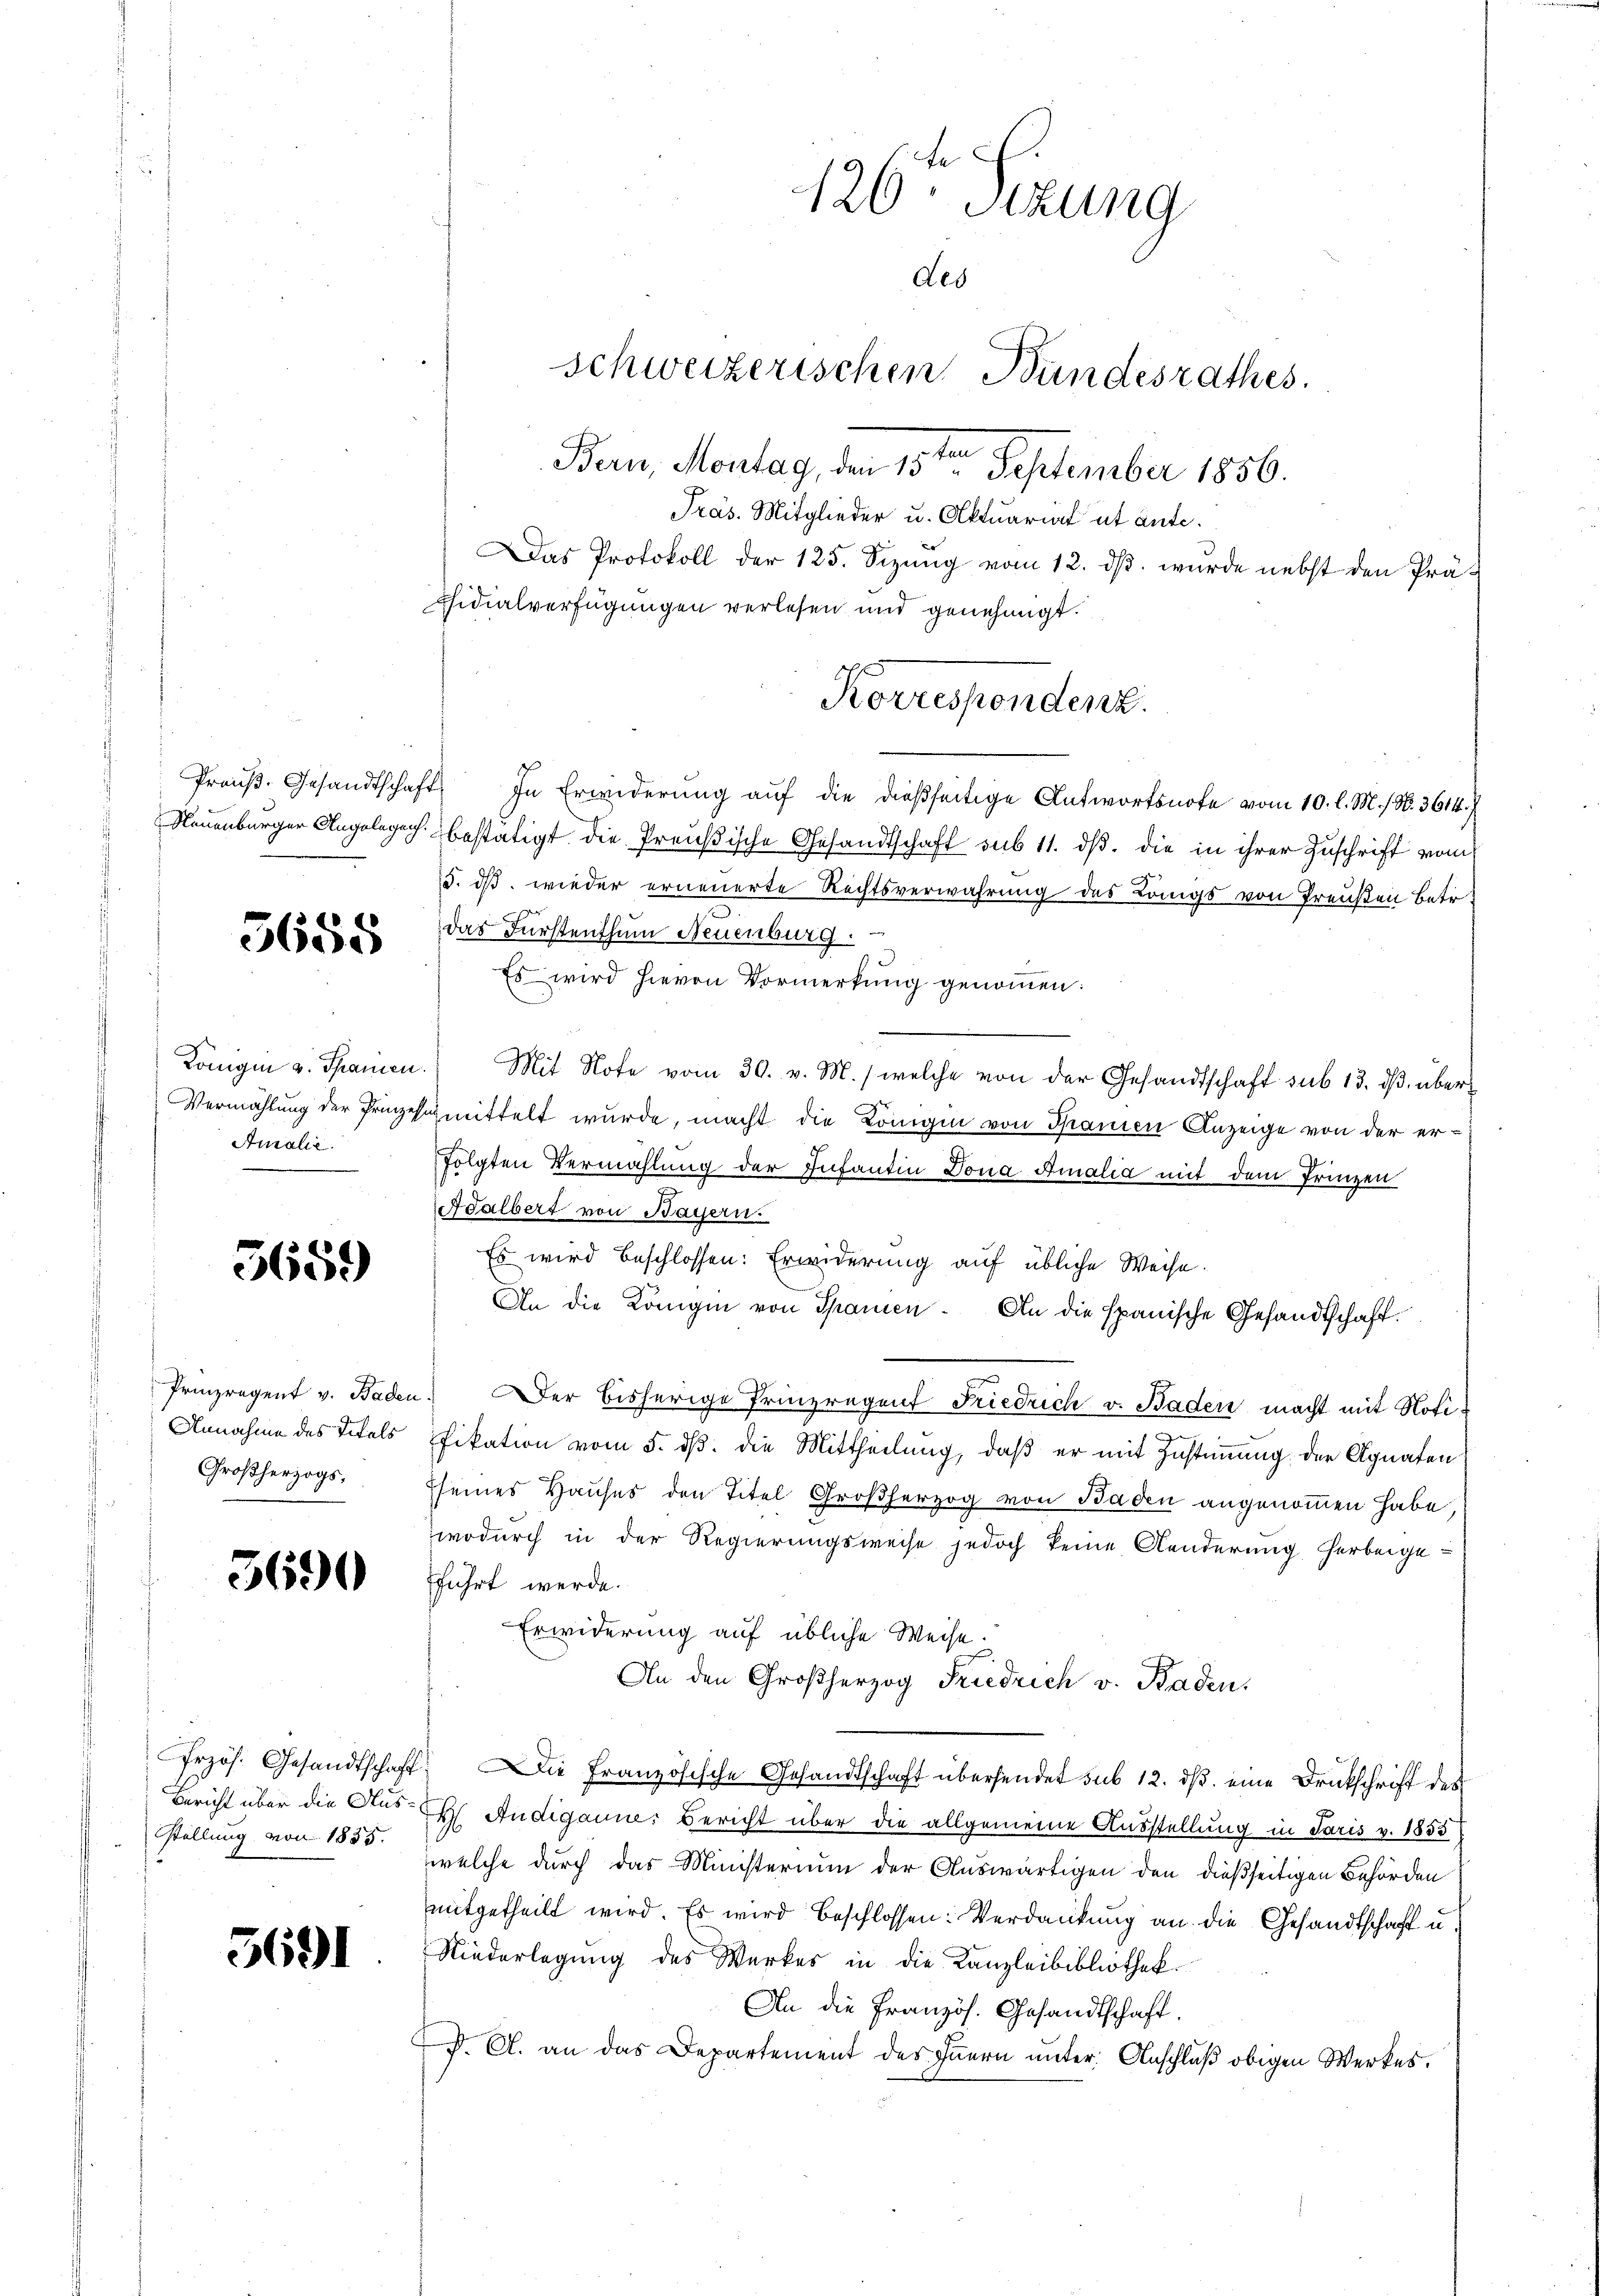
5658

Auralie

5659

Prinzregent v. Baden
Annahme des Titels
Großherzogs

3690

Frzös. Gesandtschaft
Bericht über die Ausstellung von 1835.

5691

126ten Sitzung
des
schweizerischen Bundesrathes.
Bern, Montag, den 15ten September 1856.
Präs. Mitglieder u. Aktuariat ut ante.
Das Protokoll der 123. Sizŭng vom 12. dβ. wurde nebst den Prä-
fsidialverfügungen verlesen und genehmigt.

Korrespondenz.

Preuß. Gesandtschaft. In Erwiderung auf die dießseitige Antwortsnote vom 10. l. M. h. N. 3614.)
Nauenburger Angelegach bestätigt die Preußische Gesandtschaft sub 11. dβ. die in ihrer Zuschrift vom
5. ds. wieder erneuerte Rechtsverwahrung des Königs von Preußen Betr
das Fürstenthum Neuenburg.
Es wird hievon Vormerkung genommen:
Königin v. Schanien. Mit Note vom 30. v. M., welche von der Gesandtschaft sub 13. dβ über
Vermählung der Prieschmittelt wurde, macht die Königin von Spanien Anzeige von der erf
folgten Vermählung der Infantin Dona Amalia mit dem Prinzen
Adalbert von Bayern.
Es wird beschlossen: Erwiderung auf übliche Weise.
An die Königin von Spanien. An die spanische Gesandtschaft.
 er bisherige Prinzregent Friedrich v. Baden macht mit Notifikation vom 5. dß. die Mittheilung, daß er mit Zustimmung der Agnaten
sseines Hauses den Titel Großherzog von Baden angenommen habe,
wodurch in der Regierungsweise jedoch keine Aenderung herbeigeführt werde.
Erwiderung auf übliche Weise.
An den Großherzog Friedrich v. Baden.
2). Die Französische Gesandtschaft übersendet sub 12. ds. eine Drukschrift der
H Audiganne: Bericht über die allgemeine Ausstellung in Jaris v. 1855
welche durch das Ministerium der Auswärtigen den dießseitigen Behörden
mitgetheilt wird. Es wird beschlossen: Verdankung an die Gesandtschaft u.
Niederlegung des Werkes in die Kanzleibibliothek.
An die Französ. Gesandtschaft.
P. A. an das Departement des Innern unter Anschluß obigen Werkes.